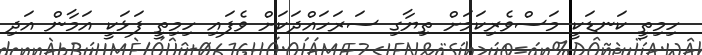
ހިމިތީ ކަނޑަކީ މަސްވެރިކަމަށް ތިޔާގި ސަރަހައްދަކަށް ވެފައި ހިމިތީ ފަޅަކީ އަމާން އަދި